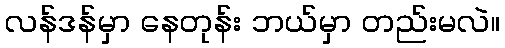
လန်ဒန်မှာ နေတုန်း ဘယ်မှာ တည်းမလဲ။